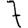
Digit: 7